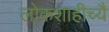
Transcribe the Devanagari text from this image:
लोकशाहीच्यै